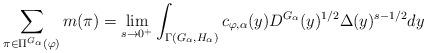
LaTeX: \begin{align*}\displaystyle \sum_{\pi\in \Pi^{G_\alpha}(\varphi)}m(\pi)=\lim\limits_{s\to 0^+} \int_{\Gamma(G_\alpha,H_\alpha)} c_{\varphi,\alpha}(y) D^{G_\alpha}(y)^{1/2}\Delta(y)^{s-1/2}dy\end{align*}